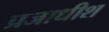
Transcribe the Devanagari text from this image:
प्रजाधीश